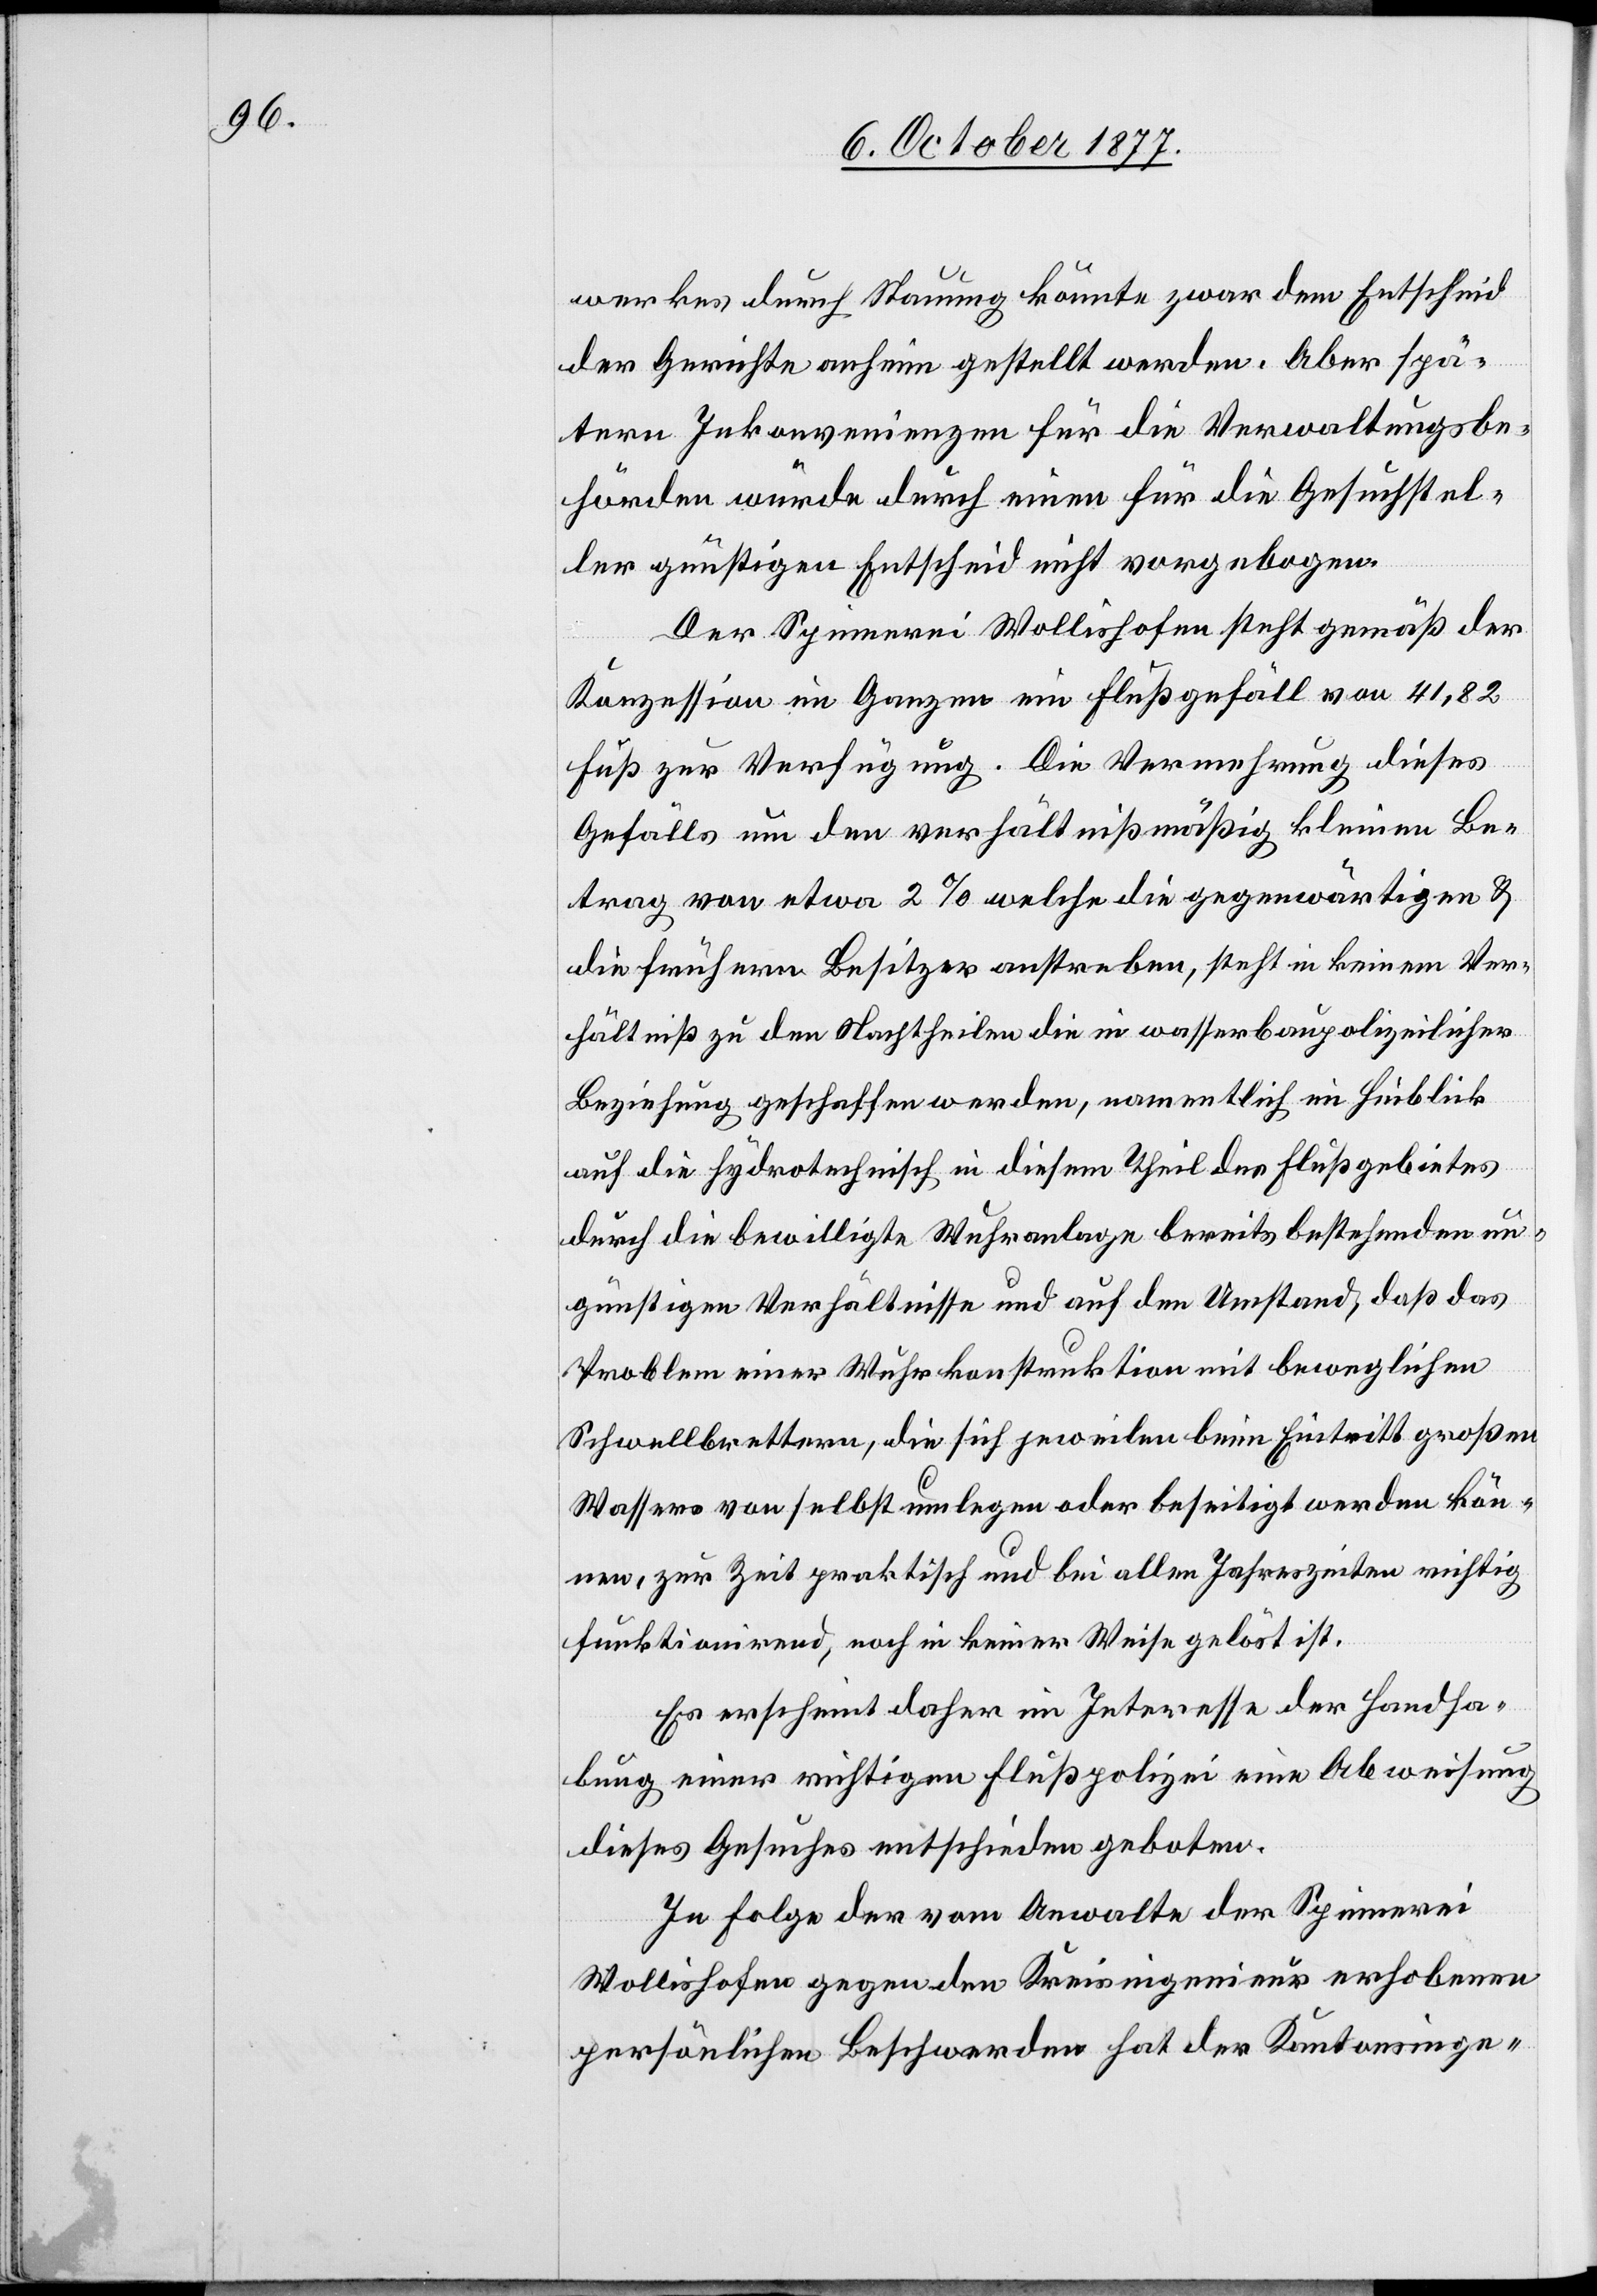
werkes durch Stauung könnte zwar dem Entscheid
der Gerichte anheim gestellt werden. Aber spä¬
tern Inkonvenienzen für die Verwaltungsbe¬
hörden würde durch einen für die Gesuchstel¬
ler günstigen Entscheid nicht vorgebogen.
Der Spinnerei Wollishofen steht gemäß der
Konzession im Ganzen ein Flußgefäll von 41,82
Fuß zur Verfügung. Die Vermehrung dieses
Gefälls um den verhältnißmäßig kleinen Be¬
trag von etwa 2% welche die gegenwärtigen &
die frühern Besitzer anstreben, steht in keinem Ver¬
hältniß zu den Nachtheilen die in wasserbaupolizeilicher
Beziehung geschaffen werden, namentlich im Hinblick
auf die hydrotechnisch in diesem Theil des Flußgebietes
durch die bewilligte Wuhranlage bereits bestehenden un¬
günstigen Verhältnisse und auf den Umstand, daß das
Problem einer Wuhrkonstruktion mit beweglichen
Schwellbrettern, die sich jeweilen beim Eintritt großen
Wassers von selbst umlegen oder beseitigt werden kön¬
nen, zur Zeit praktisch und bei allen Jahreszeiten richtig
funktionirend, noch in keiner Weise gelöst ist.
Es erscheint daher im Interesse der Handha¬
bung einer richtigen Flußpolizei eine Abweisung
dieses Gesuches entschieden geboten.
In Folge der vom Anwalte der Spinnerei
Wollishofen gegen den Kreisingenieur erhobenen
persönlichen Beschwerde hat der Kantonsinge-